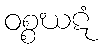
ဝစ္စဃဋံ